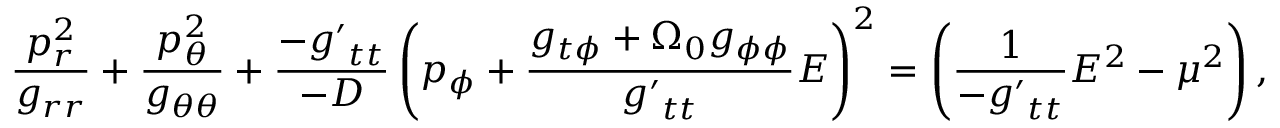
\frac { p _ { r } ^ { 2 } } { g _ { r r } } + \frac { p _ { \theta } ^ { 2 } } { g _ { \theta \theta } } + \frac { - { g ^ { \prime } } _ { t t } } { - \cal D } \left( p _ { \phi } + \frac { g _ { t \phi } + \Omega _ { 0 } g _ { \phi \phi } } { { g ^ { \prime } } _ { t t } } E \right) ^ { 2 } = \left( \frac { 1 } { - { g ^ { \prime } } _ { t t } } E ^ { 2 } - \mu ^ { 2 } \right) ,